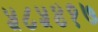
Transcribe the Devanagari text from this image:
५८५४१७